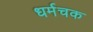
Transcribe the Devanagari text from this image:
धर्मचक